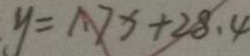
y = 1 . 7 x + 2 8 . 4